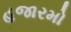
હજારમો